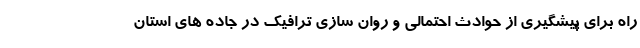
راه برای پیشگیری از حوادث احتمالی و روان سازی ترافیک در جاده های استان